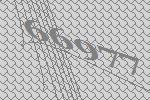
66977